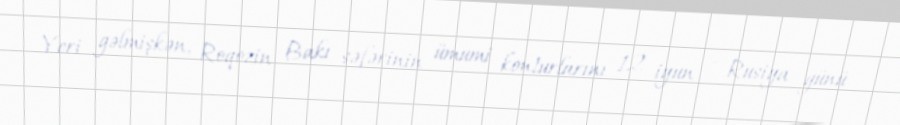
Yeri gəlmişkən, Roqozin Bakı səfərinin ümumi konturlarını 12 iyun - Rusiya günü